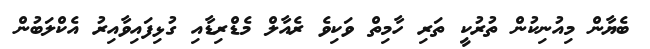
ބެޔާން މިއުނިކުން ތުރުކީ ތަރި ހާމިތް ވަކިވެ ރެއާލް މެޑްރިޑާއި ގުޅިފައިވާއިރު އެކްލަބުން